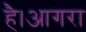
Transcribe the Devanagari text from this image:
है।आगरा